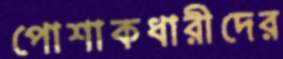
পোশাকধারীদের